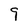
Character: 9